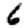
Digit: 6